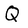
Character: Q